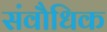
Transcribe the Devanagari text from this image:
संवौधिक